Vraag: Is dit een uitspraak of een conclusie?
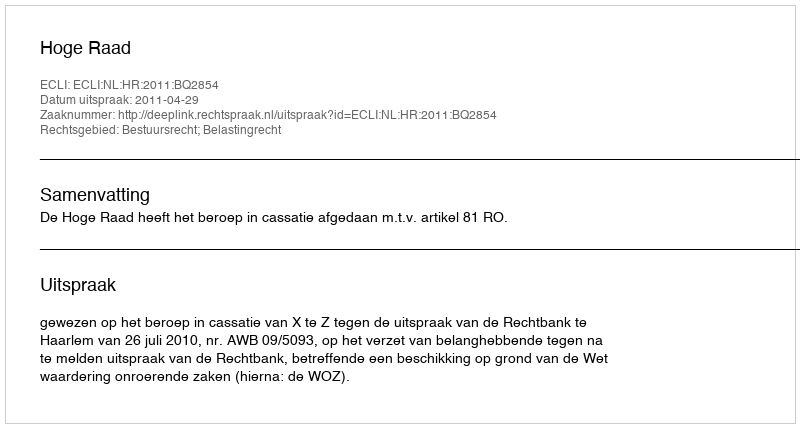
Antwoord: Uitspraak